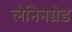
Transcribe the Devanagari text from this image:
लेनिनग्रेड